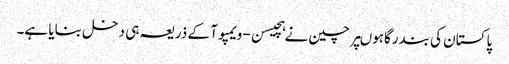
پاکستان کی بندرگاہوںپر چین نے ہچیسن-ویمپوآ کے ذریعہ ہی دخل بنایا ہے۔